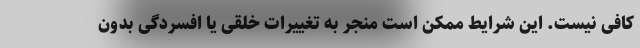
کافی نیست. این شرایط ممکن است منجر به تغییرات خلقی یا افسردگی بدون